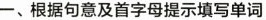
一、根据句意及首字母提示填写单词